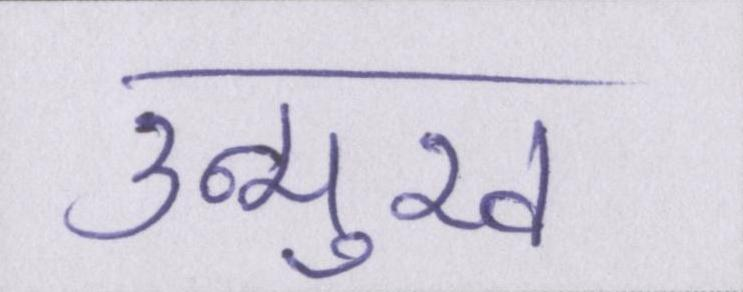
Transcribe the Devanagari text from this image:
उन्मुख